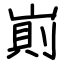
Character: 崱